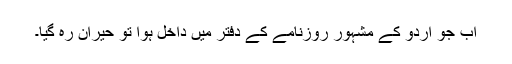
اب جو اردو کے مشہور روزنامے کے دفتر میں داخل ہوا تو حیران رہ گیا۔